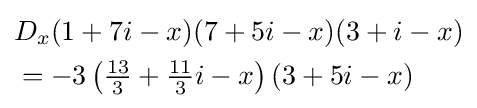
{\begin{aligned}&D_{x}(1+7i-x)(7+5i-x)(3+i-x)\\&=-3\left({\tfrac {13}{3}}+{\tfrac {11}{3}}i-x\right)(3+5i-x)\end{aligned}}